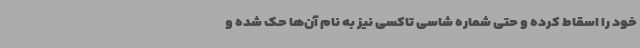
خود را اسقاط کرده و حتی شماره شاسی تاکسی نیز به نام آن‌ها حک شده و